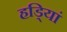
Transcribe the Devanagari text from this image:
हडि्यां